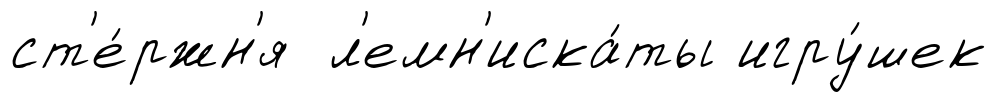
ст'е́ржн'я л'емн'иска́ты игру́шек